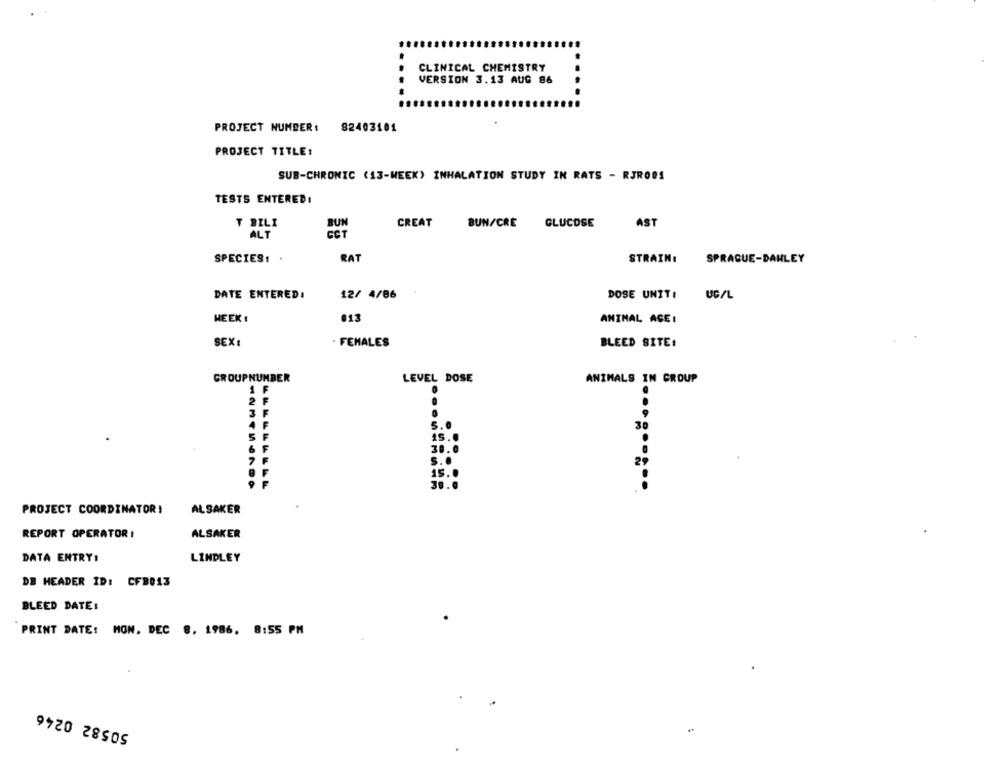
CLINICAL CHEMISTRY
VERSION 3.13 AUG 86
PROJECT NUMBER: 82403101
PROJECT TITLE:
SUB-CHRONIC (13-WEEK) INHALATION STUDY IN RATS - RJR001
TESTS ENTERED!
BUN
CREAT
BUN/CRE
GLUCOSE
AST
T BILI
ALT
GET
SPECIES:
RAT
STRAIN:
SPRAGUE-DAHLEY
12/ 4/86
DOSE UNIT:
DATE ENTERED!
UC/L
HEEK 1
013
ANIMAL AGE :
SEX!
· FEMALES
BLEED SITE:
GROUPNUMBER
LEVEL DOSE
ANIMALS IN GROUP
1 F
.
2 F
3 F
F
6
F
ALSAKER
PROJECT COORDINATOR!
REPORT OPERATOR !
ALSAKER
DATA ENTRY:
LINDLEY
DB HEADER ID: CF8013
BLEED DATE:
PRINT DATE: MON. DEC 8, 1986, 8:55 PM
50582 0246